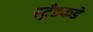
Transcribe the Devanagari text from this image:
स्ट्रँडकडे